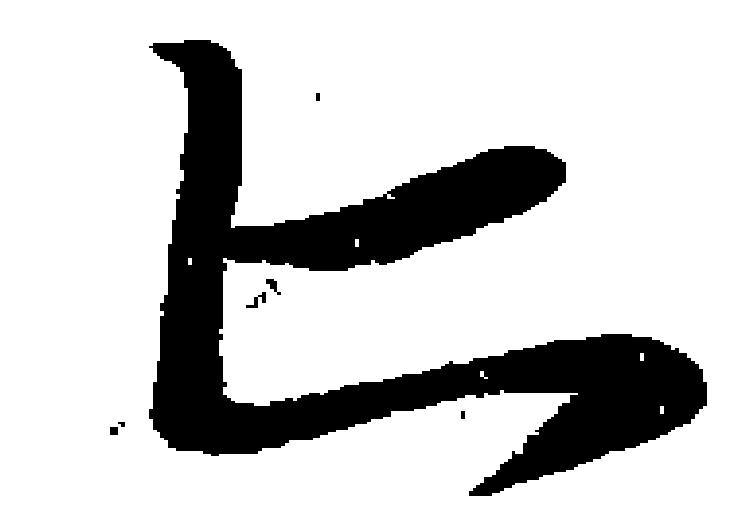
上